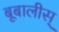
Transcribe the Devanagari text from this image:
बूबालीस्